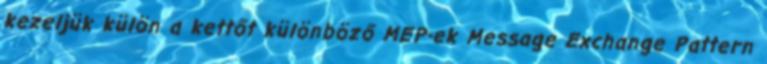
kezeljük külön a kettőt különböző MEP-ek Message Exchange Pattern